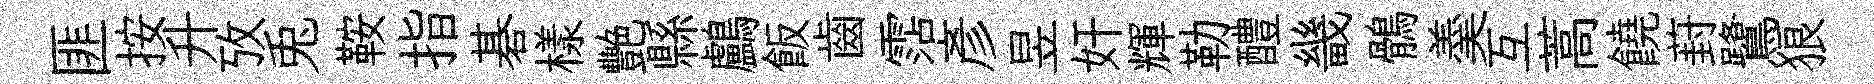
匪按升攷兎鞍指碁樣艷縣鸕飯齒霑彦昱奸輝勒醴畿鶻羮互蒿饒葑鷺狼